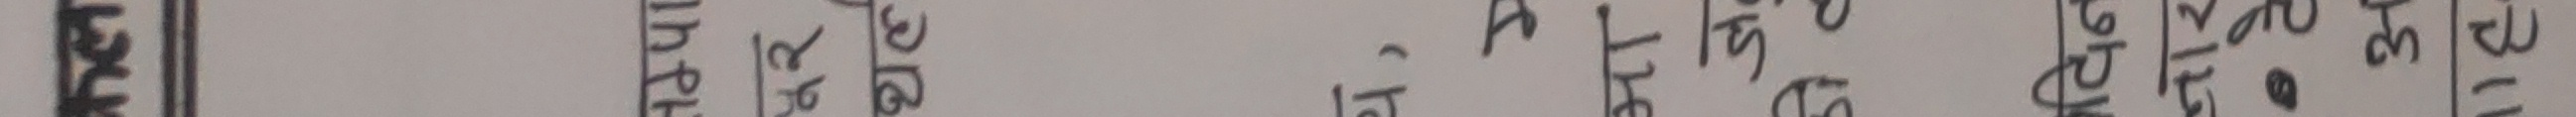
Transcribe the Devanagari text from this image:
अंअःअँश्रीज्ञत्रक्षहसषशवल
गघजझतथदधफबभयरल
खकछटडनञपचगम